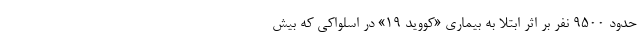
حدود ۹۵۰۰ نفر بر اثر ابتلا به بیماری «کووید ۱۹» در اسلواکی که بیش